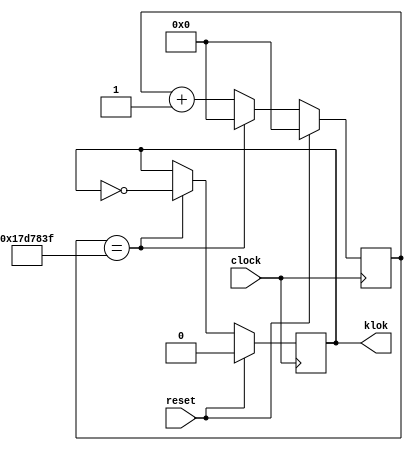
module klok(reset, clock,klok);
output klok;
input reset;
input clock;
reg [30:0] counter;
reg klok;
always @(posedge clock)
if (reset) begin
counter = 0;
klok = 0;
end else begin
if (counter == 24999999) begin // every half second
klok = !klok; 
counter = 0;
end else
counter = counter + 1;
end
endmodule